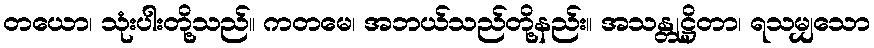
တယော၊ သုံးပါးတို့သည်။ ကတမေ၊ အဘယ်သည်တို့နည်း။ အသန္တုဋ္ဌိတာ၊ ရသမျှသော